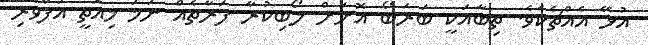
އުޅޭ އެއްޗެކެވެ. ތިބާއަކީ ބަރަބޯ އޮށަށް ލޯބިކުރާ ފަރާތެއް ނަމަ މިއޮތީ އުފާވެރި